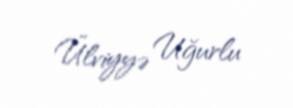
Ülviyyə Uğurlu